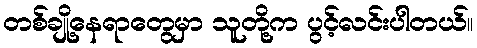
တစ်ချို့နေရာတွေမှာ သူတို့က ပွင့်လင်းပါတယ်။